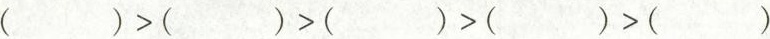
( )>( )>( )>( )<( )